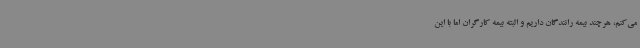
می‌کنم، هرچند بیمه رانندگان داریم و البته بیمه کارگران اما با این